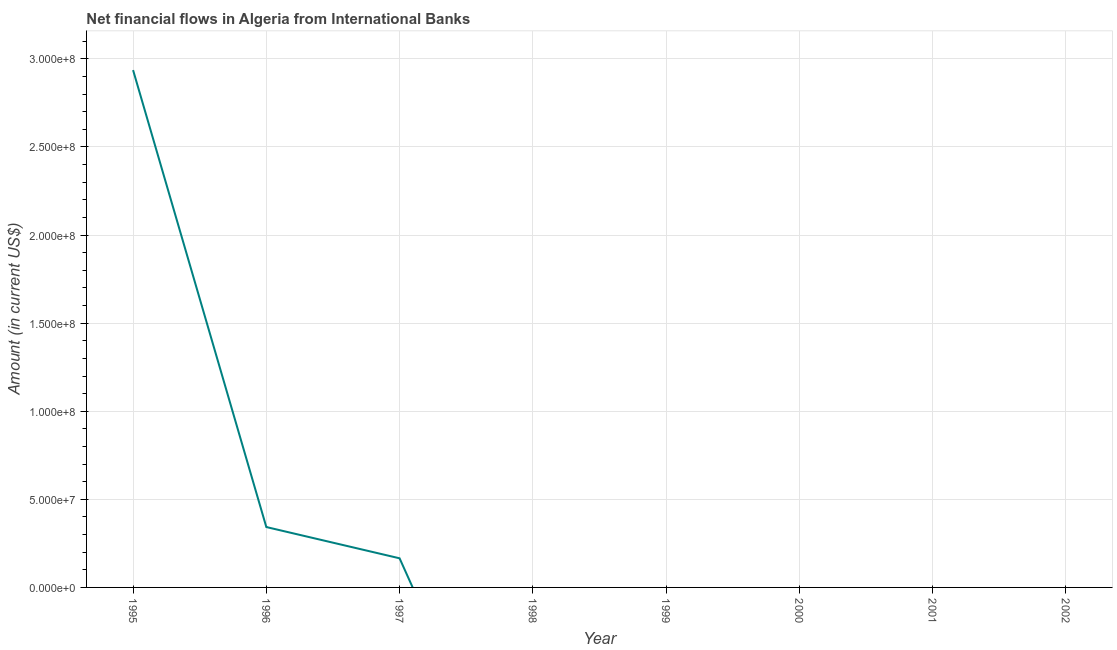
| Year | Net financial flows from IBRD |
 | --- | --- |
 | 1995 | 2.94e+08 |
 | 1996 | 3.43e+07 |
 | 1997 | 1.65e+07 |
 | 1998 | -1.52e+08 |
 | 1999 | -1.37e+08 |
 | 2000 | -1.14e+08 |
 | 2001 | -9.39e+07 |
 | 2002 | -1.3e+08 |